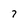
Character: 7